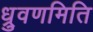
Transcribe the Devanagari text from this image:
ध्रुवणमिति